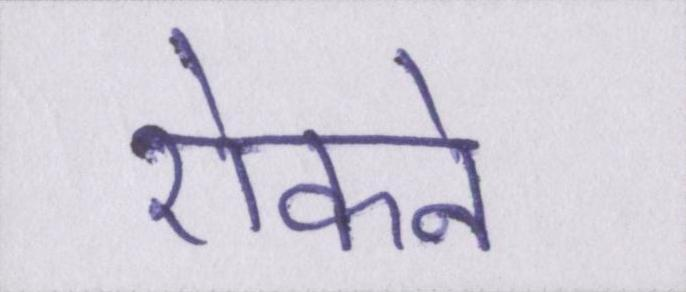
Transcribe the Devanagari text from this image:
रोकने